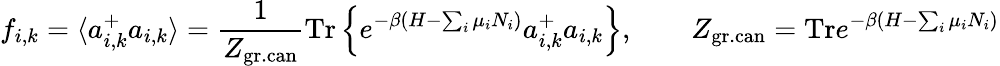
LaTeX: f_{i,k}=\langle a_{i,k}^{+}a_{i,k}\rangle=\frac{1}{Z_{\mathrm{gr.can}}}\mathrm{Tr}\left\{ e^{-\beta(H-\sum_{i}\mu_{i}N_{i})}a_{i,k}^{+}a_{i,k}\right\} ,\qquad Z_{\mathrm{gr.can}}=\mathrm{Tr}e^{-\beta(H-\sum_{i}\mu_{i}N_{i})}